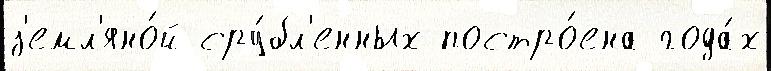
з'емл'яно́й сру́бл'енных постро́ена года́х